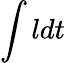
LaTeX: \int ldt